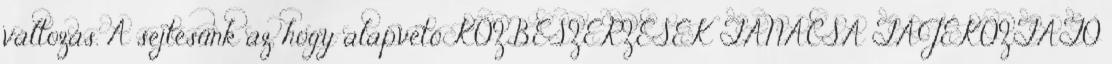
változás. A sejtésünk az, hogy alapvető KÖZBESZERZÉSEK TANÁCSA TÁJÉKOZTATÓ